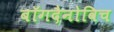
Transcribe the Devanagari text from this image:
बॉगदैनोविच